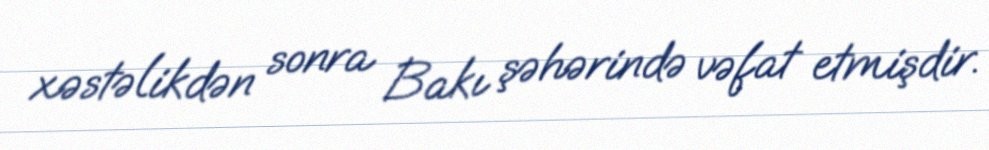
xəstəlikdən sonra Bakı şəhərində vəfat etmişdir.